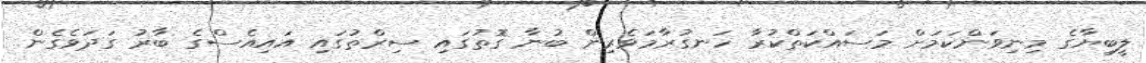
ލީބިޔާގެ މިނިވަންކަމަށް މަސައްކަތްކުރާ ހަނގުރާމަވެރިން ބުނާ ގޮތުގައި ސިރްތުގައި އައިއެސްގެ ބާރު ގަދަވެގެން